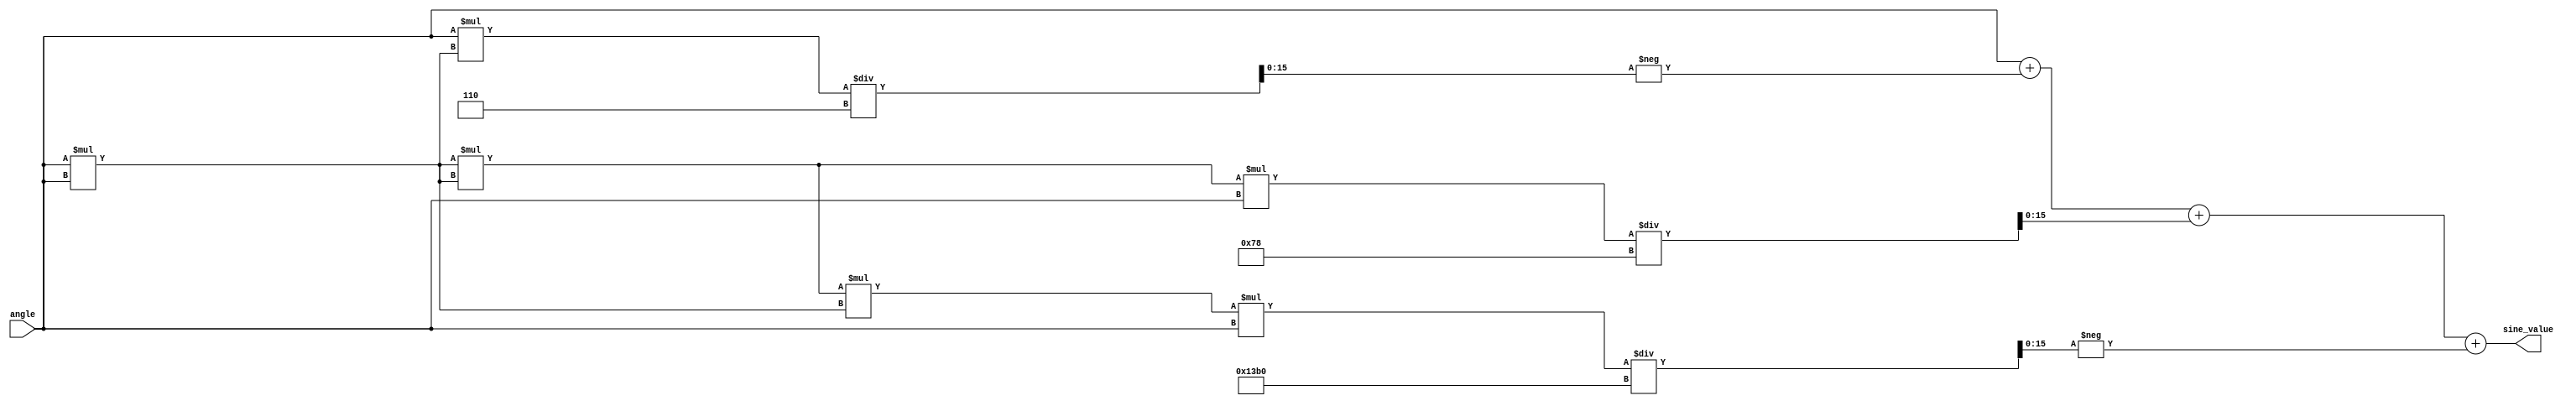
module sine_function (
    input wire [15:0] angle, // Input angle in radians (fixed-point)
    output reg [15:0] sine_value // Output sine value (fixed-point)
);

    // Constants for Taylor series coefficients
    parameter [15:0] FACTORIAL_3 = 16'd6;   // 3!
    parameter [15:0] FACTORIAL_5 = 16'd120;  // 5!
    parameter [15:0] FACTORIAL_7 = 16'd5040; // 7!

    // Internal variables
    reg [31:0] x; // Extended precision for calculations
    reg [31:0] x_squared; // x^2
    reg [31:0] term; // Current term in the Taylor series
    integer i;

    always @(*) begin
        // Normalize angle to the range [-, ]
        x = angle; // Assuming angle is already in the range [-, ]
        
        // Initialize sine_value
        sine_value = 16'd0;

        // Taylor series approximation: sin(x) = x - x^3/3! + x^5/5! - x^7/7!
        // Calculate x^2
        x_squared = x * x;

        // First term: x
        sine_value = x[15:0];

        // Second term: -x^3 / 3!
        term = -((x * x_squared) / FACTORIAL_3);
        sine_value = sine_value + term[15:0];

        // Third term: +x^5 / 5!
        term = ((x_squared * x_squared * x) / FACTORIAL_5);
        sine_value = sine_value + term[15:0];

        // Fourth term: -x^7 / 7!
        term = -((x_squared * x_squared * x_squared * x) / FACTORIAL_7);
        sine_value = sine_value + term[15:0];
    end

endmodule